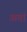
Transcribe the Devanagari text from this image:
अवां